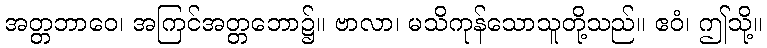
အတ္တဘာဝေ၊ အကြင်အတ္တဘော၌။ ဗာလာ၊ မသိကုန်သောသူတို့သည်။ ဧဝံ၊ ဤသို့။